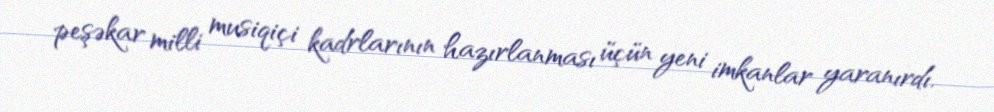
peşəkar milli musiqiçi kadrlarının hazırlanması üçün yeni imkanlar yaranırdı.